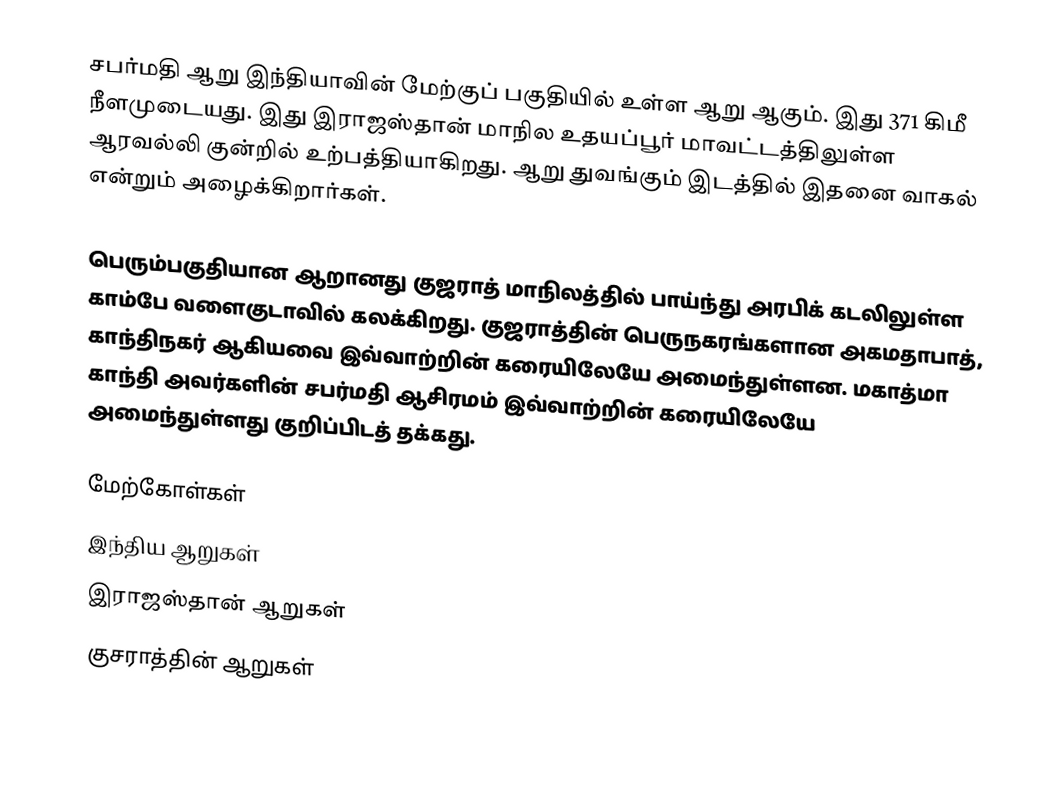
சபர்மதி ஆறு இந்தியாவின் மேற்குப் பகுதியில் உள்ள ஆறு ஆகும். இது 371 கிமீ நீளமுடையது. இது இராஜஸ்தான் மாநில உதயப்பூர் மாவட்டத்திலுள்ள ஆரவல்லி குன்றில் உற்பத்தியாகிறது. ஆறு துவங்கும் இடத்தில் இதனை வாகல் என்றும் அழைக்கிறார்கள்.

பெரும்பகுதியான ஆறானது குஜராத் மாநிலத்தில் பாய்ந்து அரபிக் கடலிலுள்ள காம்பே வளைகுடாவில் கலக்கிறது. குஜராத்தின் பெருநகரங்களான அகமதாபாத், காந்திநகர் ஆகியவை இவ்வாற்றின் கரையிலேயே அமைந்துள்ளன. மகாத்மா காந்தி அவர்களின் சபர்மதி ஆசிரமம் இவ்வாற்றின் கரையிலேயே அமைந்துள்ளது குறிப்பிடத் தக்கது.

மேற்கோள்கள்
இந்திய ஆறுகள்
இராஜஸ்தான் ஆறுகள்
குசராத்தின் ஆறுகள்